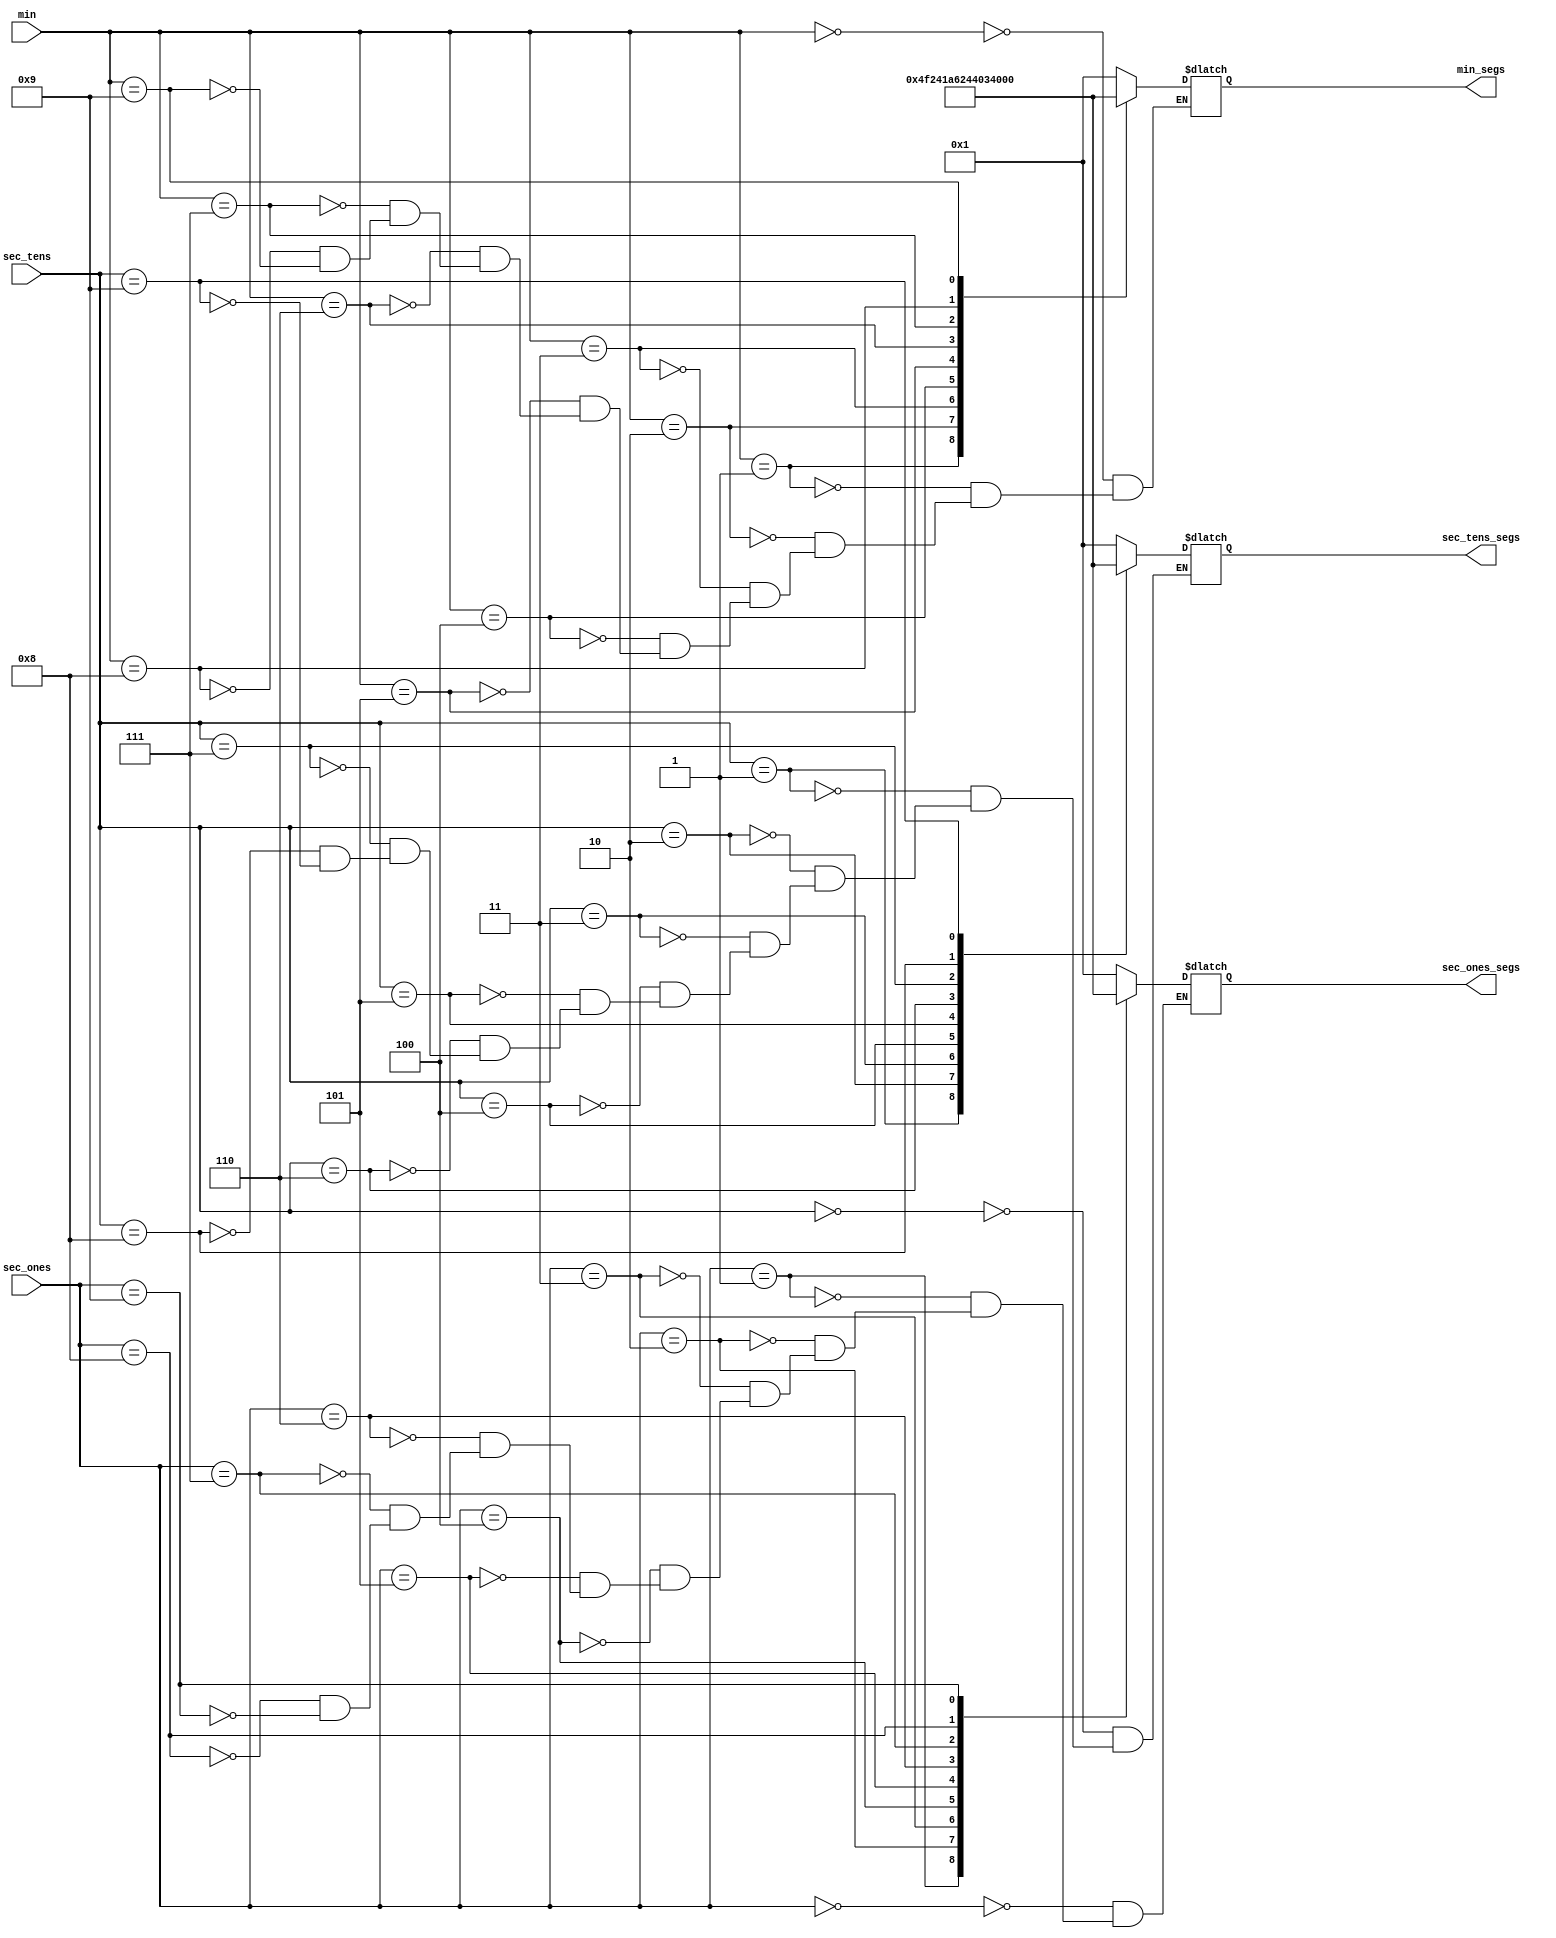
module decodificador(
  input wire [3:0] min, sec_tens, sec_ones, 
  output reg [6:0] min_segs, sec_tens_segs, sec_ones_segs);

  always@(min)
    case(min)
      4'b0000 : min_segs = 7'b0000001;
      4'b0001 : min_segs = 7'b1001111;
      4'b0010 : min_segs = 7'b0010010;
      4'b0011 : min_segs = 7'b0000110;
      4'b0100 : min_segs = 7'b1001100;
      4'b0101 : min_segs = 7'b0100100;
      4'b0110 : min_segs = 7'b0100000;
      4'b0111 : min_segs = 7'b0001101;
      4'b1000 : min_segs = 7'b0000000;
      4'b1001 : min_segs = 7'b0000100;
    endcase
  
  always@(sec_tens)
    case(sec_tens)
      4'b0000 : sec_tens_segs = 7'b0000001;
      4'b0001 : sec_tens_segs = 7'b1001111;
      4'b0010 : sec_tens_segs = 7'b0010010;
      4'b0011 : sec_tens_segs = 7'b0000110;
      4'b0100 : sec_tens_segs = 7'b1001100;
      4'b0101 : sec_tens_segs = 7'b0100100;
      4'b0110 : sec_tens_segs = 7'b0100000;
      4'b0111 : sec_tens_segs = 7'b0001101;
      4'b1000 : sec_tens_segs = 7'b0000000;
      4'b1001 : sec_tens_segs = 7'b0000100;
    endcase
  
  always@(sec_ones)
    case(sec_ones)
      4'b0000 : sec_ones_segs = 7'b0000001;
      4'b0001 : sec_ones_segs = 7'b1001111;
      4'b0010 : sec_ones_segs = 7'b0010010;
      4'b0011 : sec_ones_segs = 7'b0000110;
      4'b0100 : sec_ones_segs = 7'b1001100;
      4'b0101 : sec_ones_segs = 7'b0100100;
      4'b0110 : sec_ones_segs = 7'b0100000;
      4'b0111 : sec_ones_segs = 7'b0001101;
      4'b1000 : sec_ones_segs = 7'b0000000;
      4'b1001 : sec_ones_segs = 7'b0000100;
    endcase

endmodule